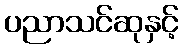
ပညာသင်ဆုနှင့်